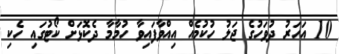
10 އަހަރު ދުވަހުގެ ޖަލު ހުކުމެއް އިއްވާފައިވާ ހުމާމާ ދެކޮޅަށް ކޯޓުގައި ހެކި